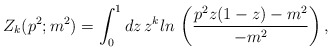
\begin{align*}Z_k(p^2;m^2)=\int_0^1dz\,z^kln\,\left( {\frac{p^2z(1-z)-m^2}{-m^2}}\right),\end{align*}